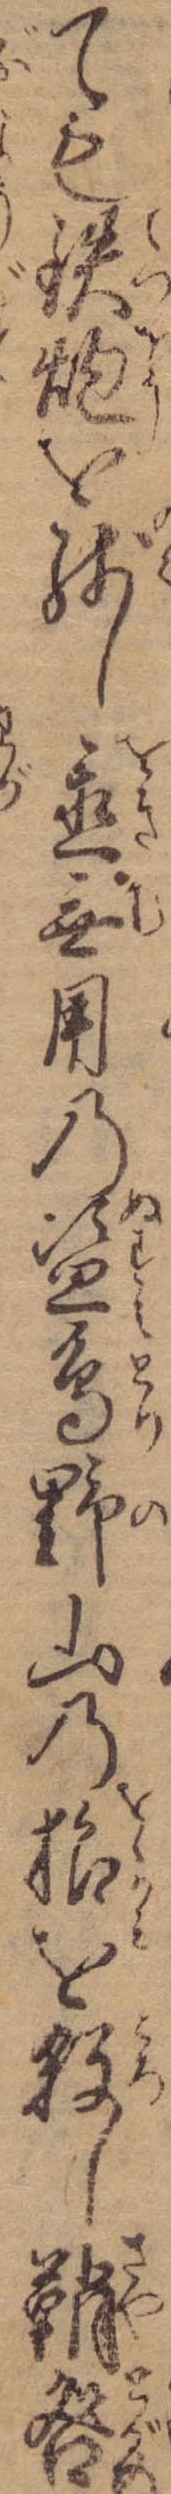
ても鉄炮を残し置無用の盗鳥野山の狼を殺し鞘咎